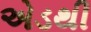
એડથી